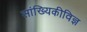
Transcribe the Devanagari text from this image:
सांख्यिकीविज्ञ